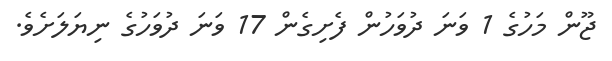
ޖޫން މަހުގެ 1 ވަނަ ދުވަހުން ފެށިިގެން 17 ވަނަ ދުވަހުގެ ނިޔަލަށެވެ.